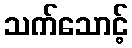
သက်သောင့်